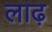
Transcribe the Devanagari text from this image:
लाढ़